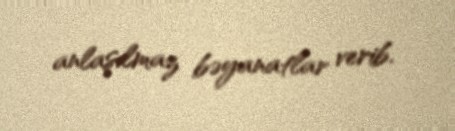
anlaşılmaz bəyanatlar verib.